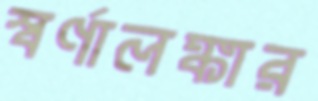
স্বর্ণালঙ্কার